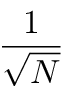
\frac { 1 } { \sqrt { N } }